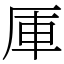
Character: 厙